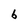
Character: b